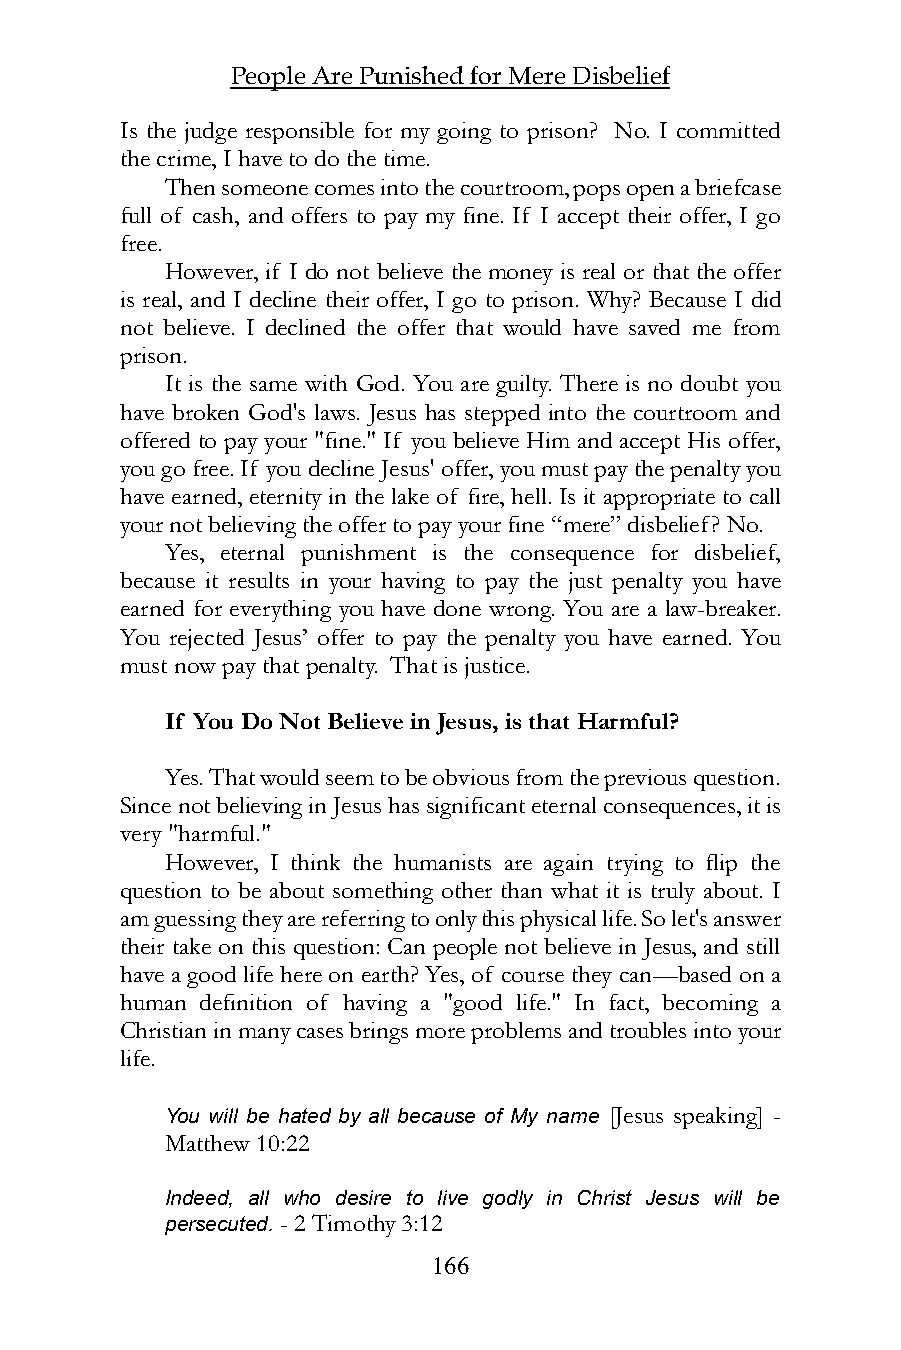
People Are Punished for Mere Disbelief
 Is the judge responsible for my going to prison? No. I committed
 the crime, I have to do the time.
 Then someone comes into the courtroom, pops open a briefcase
 full of cash, and offers to pay my fine. If I accept their offer, I go
 free.
 However, if I do not believe the money is real or that the offer
 is real, and I decline their offer, I go to prison. Why? Because I did
 not believe. I declined the offer that would have saved me from
 prison.
 It is the same with God. You are guilty. There is no doubt you
 have broken God's laws. Jesus has stepped into the courtroom and
 offered to pay your "fine." If you believe Him and accept His offer,
 you go free. If you decline Jesus' offer, you must pay the penalty you
 have earned, eternity in the lake of fire, hell. Is it appropriate to call
 your not believing the offer to pay your fine “mere” disbelief? No.
 Yes, eternal punishment is the consequence for disbelief,
 because it results in your having to pay the just penalty you have
 earned for everything you have done wrong. You are a law-breaker.
 You rejected Jesus’ offer to pay the penalty you have earned. You
 must now pay that penalty. That is justice.
 If You Do Not Believe in Jesus, is that Harmful?
 Yes. That would seem to be obvious from the previous question.
 Since not believing in Jesus has significant eternal consequences, it is
 very "harmful."
 However, I think the humanists are again trying to flip the
 question to be about something other than what it is truly about. I
 am guessing they are referring to only this physical life. So let's answer
 their take on this question: Can people not believe in Jesus, and still
 have a good life here on earth? Yes, of course they can—based on a
 human definition of having a "good life." In fact, becoming a
 Christian in many cases brings more problems and troubles into your
 life.
 You will be hated by all because of My name [Jesus speaking] -
 Matthew 10:22
 Indeed, all who desire to live godly in Christ Jesus will be
 persecuted. - 2 Timothy 3:12
 166